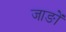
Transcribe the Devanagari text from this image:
जाङों